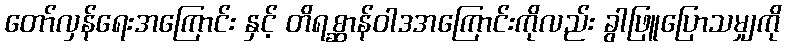
တော်လှန်ရေးအကြောင်း နှင့် တိရစ္ဆာန်ဝါဒအကြောင်းကိုလည်း ခွါဖြူပြောသမျှကို